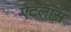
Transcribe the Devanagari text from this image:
ऐटलास